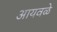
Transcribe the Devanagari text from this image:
आयवळे